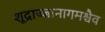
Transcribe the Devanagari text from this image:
शूद्राज्ज्ञानागमश्चैव